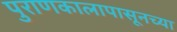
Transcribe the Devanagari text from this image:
पुराणकालापासूनच्या